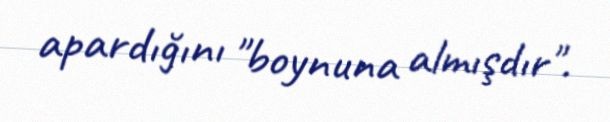
apardığını "boynuna almışdır".